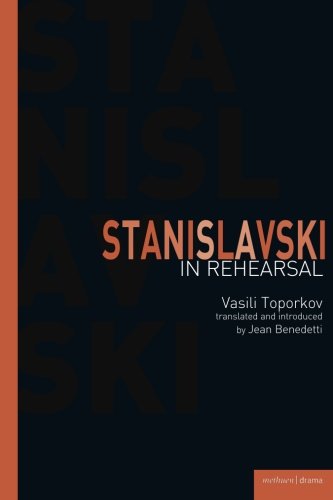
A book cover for Stanislavski In Rehearsal (Performance Books); Vasili Toporkov; Arts & Photography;